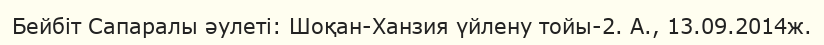
Бейбіт Сапаралы әулеті: Шоқан-Ханзия үйлену тойы-2. А., 13.09.2014ж.